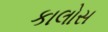
કાલોસ